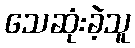
သေဆုံးခဲ့သူ